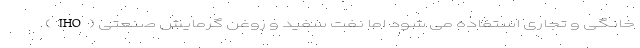
خانگی و تجاری استفاده می شود اما نفت سفید و روغن گرمایش صنعتی (IHO)